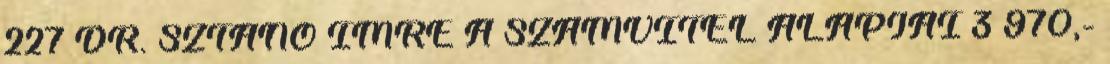
227 DR. SZTANÓ IMRE A SZÁMVITEL ALAPJAI 3 970,-